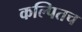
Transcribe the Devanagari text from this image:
कल्पितच